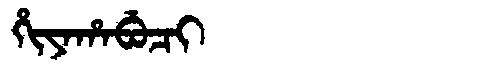
Manchu: ᡥᡳᠶᠠᡥᠠᠪᡠᠴᡳ
Romanization: HIYAHABUCI